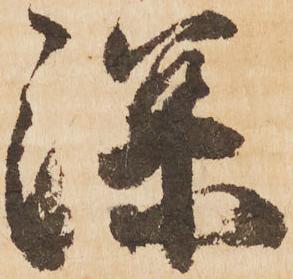
深